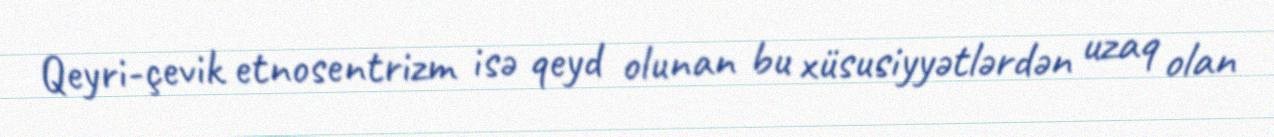
Qeyri-çevik etnosentrizm isə qeyd olunan bu xüsusiyyətlərdən uzaq olan